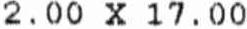
2.00 X 17.00